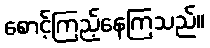
စောင့်ကြည့်နေကြသည်။